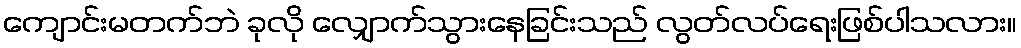
ကျောင်းမတက်ဘဲ ခုလို လျှောက်သွားနေခြင်းသည် လွတ်လပ်ရေးဖြစ်ပါသလား။